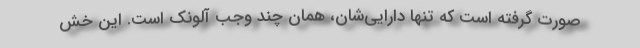
صورت گرفته است كه تنها دارايي‌شان، همان چند وجب آلونك است. اين خش